Document type: Emphyteutic lease
Year: 1316
Scribe: Guillem de Vila
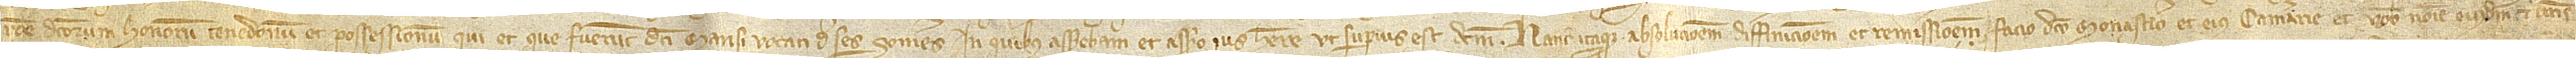
ratione dictorum honorum, tenedonum et possessionum qui et que fuerunt dicti mansi vocati de ses Someres, in quibus asserebam et  assero ius habere, ut superius esr dictum. Hanc itaque absolucionem, diffinicionem et remissionem facio dicto monasterio et eius camerarie et vobis nomine eiusdem et vestris